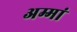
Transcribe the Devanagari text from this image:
अम्मां